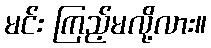
မင်း ကြည့်မလို့လား။